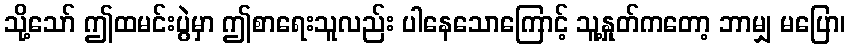
သို့သော် ဤထမင်းပွဲမှာ ဤစာရေးသူလည်း ပါနေသောကြောင့် သူ့နှုတ်ကတော့ ဘာမျှ မပြော၊